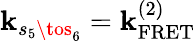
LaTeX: \mathbf{k}_{s_{5}\tos_{6}}=\mathbf{k}_{\mathrm{{FRET}}}^{(2)}